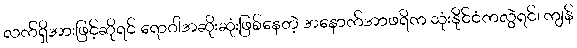
လက်ရှိအားဖြင့်ဆိုရင် ရောဂါအဆိုးဆုံးဖြစ်နေတဲ့ အနောက်အာဖရိက သုံးနိုင်ငံကလွဲရင်၊ ကျန်